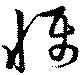
懾